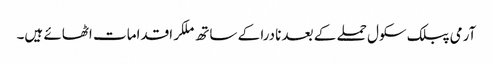
آرمی پبلک سکول حملے کے بعد نادرا کے ساتھ ملکر اقدامات اٹھائے ہیں۔